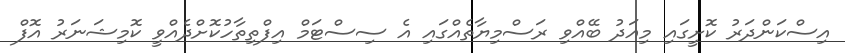
އިސްކަންދަރު ކޮށީގައި މިއަދު ބޭއްވި ރަސްމިޔާތެއްގައި އެ ސިސްޓަމް އިފްތިތާހުކޮށްދެއްވީ ކޮމިޝަނަރު އޮފް